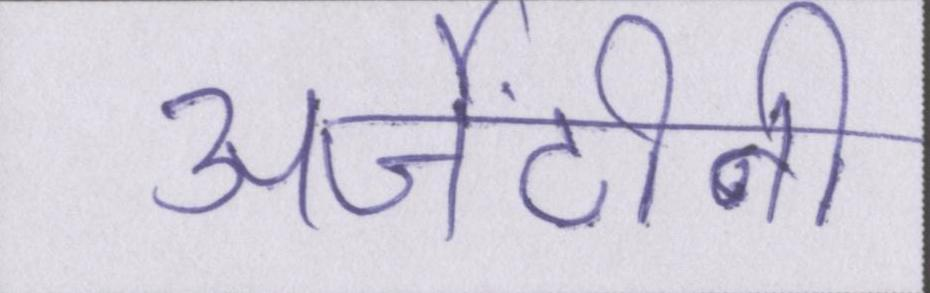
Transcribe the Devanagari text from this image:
अर्जेंटीनी